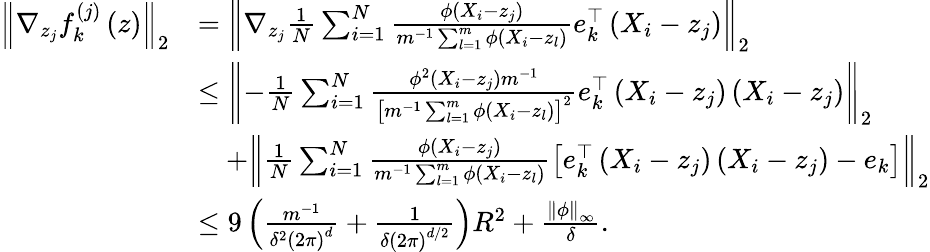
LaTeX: \begin{array}{rl}{\left\Vert\nabla_{z_{j}}f_{k}^{(j)}\left(z\right)\right\Vert_{2}}&{=\left\Vert\nabla_{z_{j}}\frac{1}{N}\sum_{i=1}^{N}\frac{\phi\left(X_{i}-z_{j}\right)}{m^{-1}\sum_{l=1}^{m}\phi\left(X_{i}-z_{l}\right)}e_{k}^{\top}\left(X_{i}-z_{j}\right)\right\Vert_{2}}\\ &{\leq\left\Vert-\frac{1}{N}\sum_{i=1}^{N}\frac{\phi^{2}\left(X_{i}-z_{j}\right)m^{-1}}{\left[m^{-1}\sum_{l=1}^{m}\phi\left(X_{i}-z_{l}\right)\right]^{2}}e_{k}^{\top}\left(X_{i}-z_{j}\right)\left(X_{i}-z_{j}\right)\right\Vert_{2}}\\ &{\quad+\left\Vert\frac{1}{N}\sum_{i=1}^{N}\frac{\phi\left(X_{i}-z_{j}\right)}{m^{-1}\sum_{l=1}^{m}\phi\left(X_{i}-z_{l}\right)}\left[e_{k}^{\top}\left(X_{i}-z_{j}\right)\left(X_{i}-z_{j}\right)-e_{k}\right]\right\Vert_{2}}\\ &{\leq 9\left(\frac{m^{-1}}{\delta^{2}\left(2\pi\right)^{d}}+\frac{1}{\delta\left(2\pi\right)^{d/2}}\right)R^{2}+\frac{\left\Vert\phi\right\Vert_{\infty}}{\delta}.}\end{array}